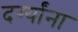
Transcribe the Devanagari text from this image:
दर्ग्यांना